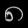
Digit: ၈